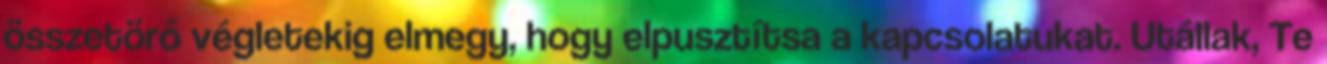
összetörő végletekig elmegy, hogy elpusztítsa a kapcsolatukat. Utállak, Te